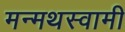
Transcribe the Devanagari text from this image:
मन्मथस्वामी